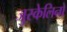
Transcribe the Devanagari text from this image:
जुस्केलिनो